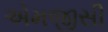
એમજીસી